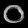
Digit: ၀